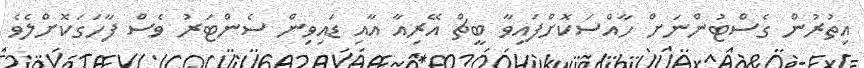
އިތުރުން ގެސްޓުންނަށް ހާއްސަކޮށްފައިވާ ބީޗް އޭރިއާ އާއި ޑައިވިން ސެންޓަރު ވެސް ފާހަގަކޮށްލެވެ